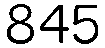
845